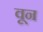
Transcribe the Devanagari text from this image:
वून